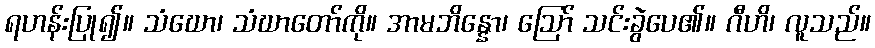
ရဟန်းပြု၍။ သံဃော၊ သံဃာတော်ကို။ အာမဘိန္နော၊ ဩော် သင်းခွဲပေ၏။ ဂီဟိ၊ လူသည်။